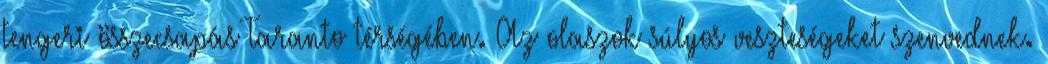
tengeri összecsapás Taranto térségében. Az olaszok súlyos veszteségeket szenvednek.